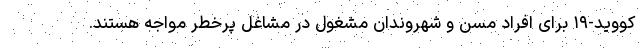
کووید-۱۹ برای افراد مسن و شهروندان مشغول در مشاغل پرخطر مواجه هستند.